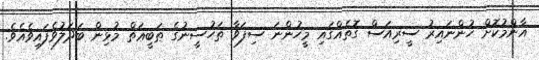
އާންމުކޮށް ހުންނައިރު ސީރިއަސް ގޮތެއްގައި މީހުންނަ ސިފަވާ ތަހުސީނުގެ ޠަބީޢަތް މުޅިން ބަދަލުވެފައިވެއެވެ.